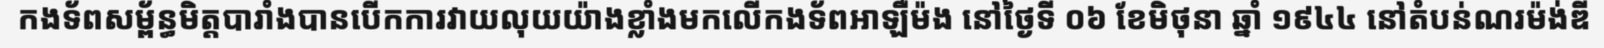
កងទ័ពសម្ព័ន្ធមិត្តបារាំងបានបើកការវាយលុយយ៉ាងខ្លាំងមកលើកងទ័ពអាឡឺម៉ង នៅថ្ងៃទី ០៦ ខែមិថុនា ឆ្នាំ ១៩៤៤ នៅតំបន់ណរម៉ង់ឌី